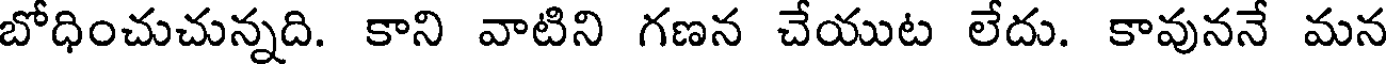
బోధించుచున్నది. కాని వాటిని గణన చేయుట లేదు. కావుననే మన